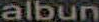
albun